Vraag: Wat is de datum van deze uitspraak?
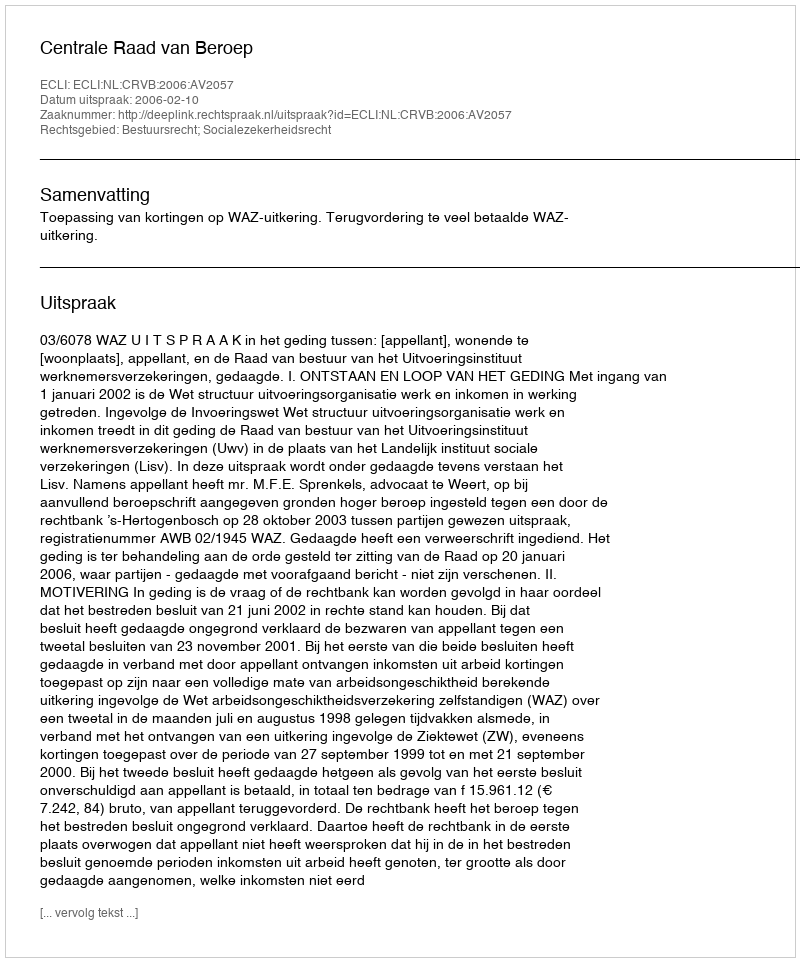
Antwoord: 2006-02-10